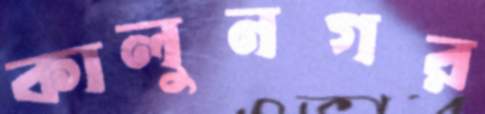
কালুনগর